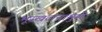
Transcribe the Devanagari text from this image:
भूस्खलनामुळे